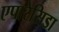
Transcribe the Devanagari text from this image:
एपारेसिडा